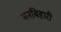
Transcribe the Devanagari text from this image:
बनबिहारी